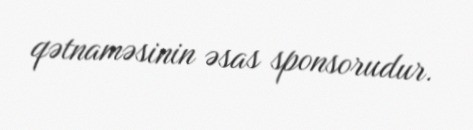
qətnaməsinin əsas sponsorudur.